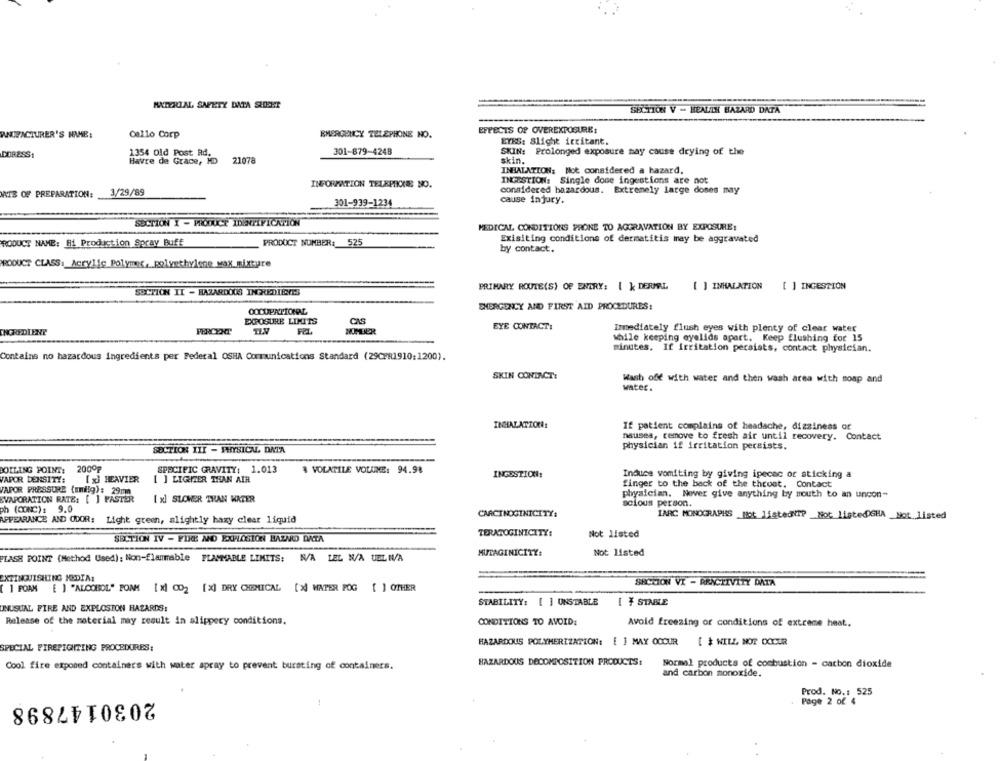
MATERIAL SAFETY DATA SHEET
SECTION V - HEALTH BAZARD DATA
EFFECTS OF OVEREXPOSURE:
MANUFACTURER'S NAME:
Callo Corp
EMERGENCY TELEPHONE NO.
EYES: Slight irritant.
DOR2SS1
1354 Old Post Rd.
301-879-4248
SKIN: Prolonged exposure may cause drying of the
Havre de Grace, MD
21078
skin.
INHALATION: Not considered a hazard,
INFORMATION TELEPIKKE NO.
INGESTION: Single dose ingestions are not
considered hazardous. Extremely large doses may
MATE OF PREPARATION:
3/29/89
301-939-1234
cause injury.
SECTION I - PRODUCT IDENTIFICATION
MEDICAL CONDITIONS PRONE TO AGGRAVATION BY EXPOSURE:
PRODUCT NAME: Hi Production Spray Buff
PRODUCT NUMBER: 525
Exisiting conditions of dermatitis may be aggravated
by contact.
PRODUCT CLASS: Acrylic Polymer, Polyethylene wax mixture
PRIMARY ROUTE(S) OF ENTRY: [ k DERUMRL
[ ] INHALATION
[ ] INGESTION
SUCTION II - HAZARDOUS INGREDIENTS
EMERGENCY AND FIRST AID PROCEDURES:
OCCUPATIONAL
EXPOSURE LIMITS
CAS
EYE CONTACT:
Immediately flush eyes with plenty of clear water
INGREDIENT
PERCENT
NUMBER
while keeping eyelids apart. Keep flushing for 15
minutes. If irritation persists, contact physician.
Contains no hazardous ingredients per Federal OSHA Communications Standard (29CP81910:1200).
SKIN CONTACT:
Wash off with water and then wash area with soap and
water .
INHALATION:
If patient complains of headache, dizziness or
nausea, remove to fresh air until recovery. Contact
SECTION III - PHYSICAL DATA
physician if irritation persists.
BOILING POINT:
2000₽
SPECIFIC GRAVITY: 1.013
& VOLATILE VOLUME: 94.9%
Induce vomiting by giving ipecac or sticking a
VAPOR DENSITY:
[ x] HEAVIER
[ ] LIGHTER THAN AIR
INGESTION:
finger to the back of the throat. Contact
VAPOR PRESSURE (mmilg): 29mm
physician. Never give anything by mouth to an uncon-
EVAPORATION RATE: [ ] PASTER
[ x] SLOWER THAN WATER
solous person.
ph (CONC): 9.0
CARCINOGINICITY:
IARC MONOGRAPHS _Mot. listedNTP _Not listedGHA _Not listed
APPEARANCE AND ODOR: Light green, slightly hazy clear liquid
TERATOGINICITY:
Not listed
SECTION IV - FIRE AND EXPLOSION HAZNO DATA
MUTAGINICITY:
Not listed
FLASH POINT (Method Used): Non-flammable FLAMMABLE LIMITS: N/A LEL N/A UEL WV/A
EXTINGUISHING MEDIA:
SECTION VI - REACTIVITY DATA
( 1 FOAM [ ] "ALCOBOL" POAM [ x] CO2 [x] DRY CHEMICAL [> WATER POG [ ] OTHER
STABILITY: [ ] UNSTABLE
[ ¥ STANE
UNUSUAL FIRE AND EXPLOSION HAZARDS:
Release of the material may result in slippery conditions.
CONDITIONS TO AVOID:
Avoid freezing or conditions of extreme heat ..
SPECIAL FIREFIGHTING PROCEDURES:
HAZARDOUS POLYMERIZATION: [ ] MAY OCCUR
[ $ WILL NOT OCCUR
HAZARDOUS DECOMPOSITION PRODUCTS:
Normal products of combustion - carbon dioxide
Cool fire exposed containers with water spray to prevent bursting of containers.
and carbon monoxide.
Prod. No .: 525
2030147898
Page 2 of 4